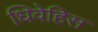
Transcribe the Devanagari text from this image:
धिवेहिस